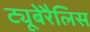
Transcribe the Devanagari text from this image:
ट्यूबेरैलिस